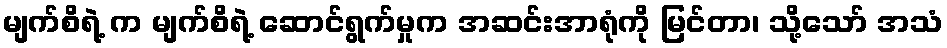
မျက်စိရဲ့ က မျက်စိရဲ့ ဆောင်ရွက်မှုက အဆင်းအာရုံကို မြင်တာ၊ သို့သော် အသံ